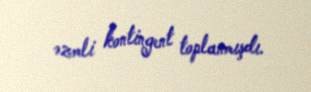
əzmli kontingent toplanmışdı.